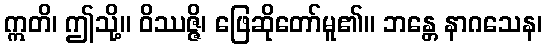
ဣတိ၊ ဤသို့။ ဝိဿဇ္ဇိ၊ ဖြေဆိုတော်မူ၏။ ဘန္တေ နာဂသေန၊